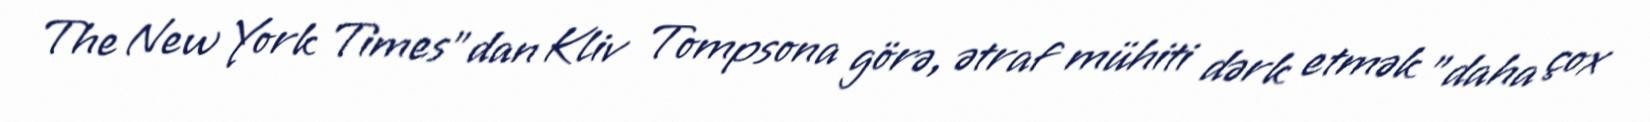
The New York Times"dan Kliv Tompsona görə, ətraf mühiti dərk etmək "daha çox